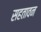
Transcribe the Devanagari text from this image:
सहतावन